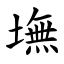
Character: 墲